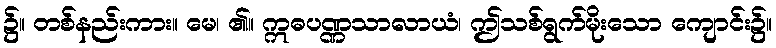
၌။ တစ်နည်းကား။ မေ၊ ၏။ ဣဓပဏ္ဏသာလာယံ၊ ဤသစ်ရွက်မိုးသော ကျောင်း၌။